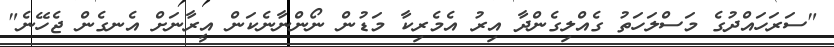
"ސަރަހައްދުގެ މަސްލަހަތު ގެއްލިގެންދާ އިރު އެމެރިކާ މަޑުން ނޯންނާނެކަން އީރާނަށް އެނގެން ޖެހޭނެ"